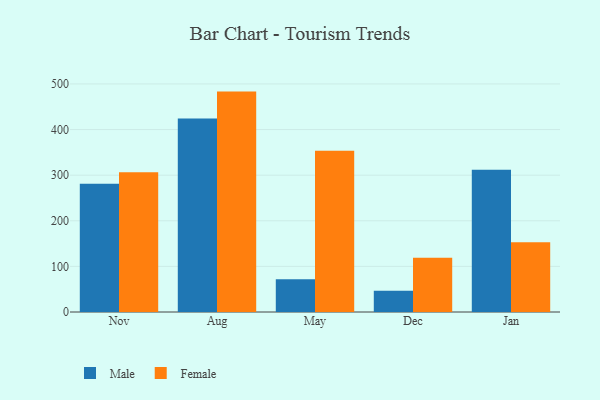
{"axis": {"x": "Month", "y": "Conversion Rate (%)"}, "legend": ["Female", "Male"], "data": [{"x": "Nov", "y": 281.4, "type": "Male"}, {"x": "Nov", "y": 306.6, "type": "Female"}, {"x": "Aug", "y": 424.2, "type": "Male"}, {"x": "Aug", "y": 483.2, "type": "Female"}, {"x": "May", "y": 71.7, "type": "Male"}, {"x": "May", "y": 353.6, "type": "Female"}, {"x": "Dec", "y": 46.7, "type": "Male"}, {"x": "Dec", "y": 119.0, "type": "Female"}, {"x": "Jan", "y": 311.7, "type": "Male"}, {"x": "Jan", "y": 153.0, "type": "Female"}]}